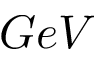
G e V